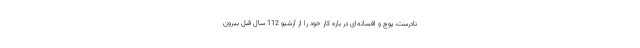
نادرست، پوچ و افسانه‌ای در باره کار خود را از آرشیو 112 سال قبل بیرون